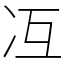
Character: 冱